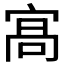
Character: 𭓸